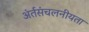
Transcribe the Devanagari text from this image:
अंर्तसंचलनीयता